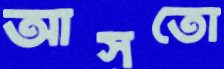
আসতো